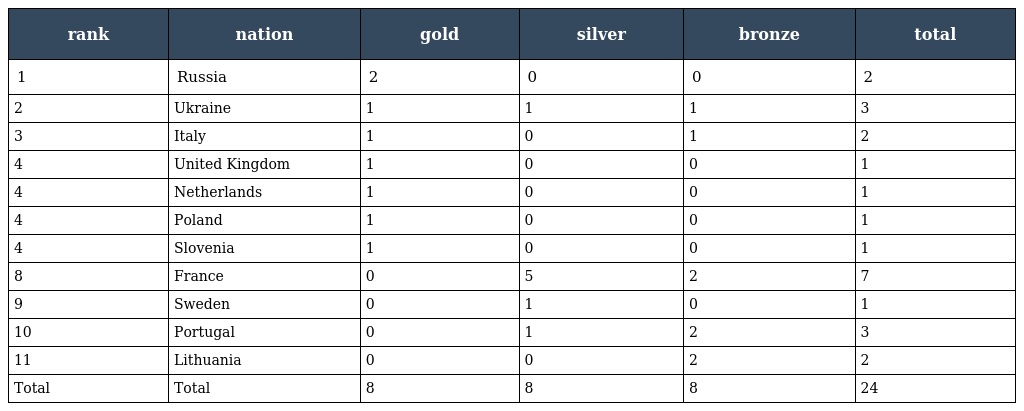
| rank | nation | gold | silver | bronze | total |
 | --- | --- | --- | --- | --- | --- |
 | 1 | Russia | 2 | 0 | 0 | 2 |
 | 2 | Ukraine | 1 | 1 | 1 | 3 |
 | 3 | Italy | 1 | 0 | 1 | 2 |
 | 4 | United Kingdom | 1 | 0 | 0 | 1 |
 | 4 | Netherlands | 1 | 0 | 0 | 1 |
 | 4 | Poland | 1 | 0 | 0 | 1 |
 | 4 | Slovenia | 1 | 0 | 0 | 1 |
 | 8 | France | 0 | 5 | 2 | 7 |
 | 9 | Sweden | 0 | 1 | 0 | 1 |
 | 10 | Portugal | 0 | 1 | 2 | 3 |
 | 11 | Lithuania | 0 | 0 | 2 | 2 |
 | Total | Total | 8 | 8 | 8 | 24 |